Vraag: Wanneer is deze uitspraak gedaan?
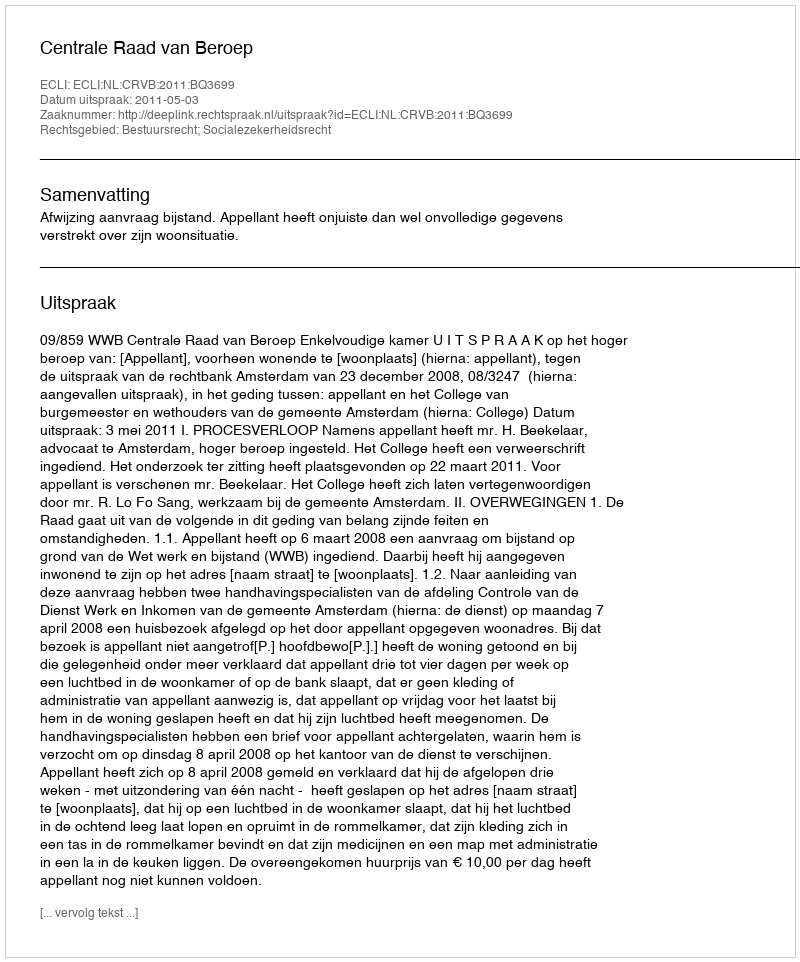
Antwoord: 2011-05-03